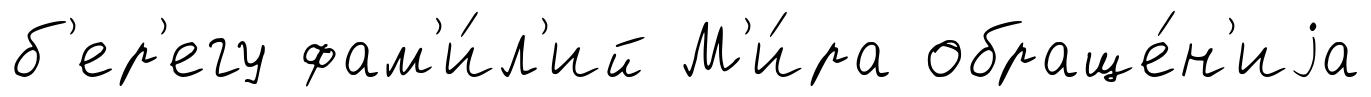
б'ер'егу фам'и́л'ий М'и́ра обраще́н'иjа